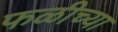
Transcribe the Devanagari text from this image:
फळीच्या